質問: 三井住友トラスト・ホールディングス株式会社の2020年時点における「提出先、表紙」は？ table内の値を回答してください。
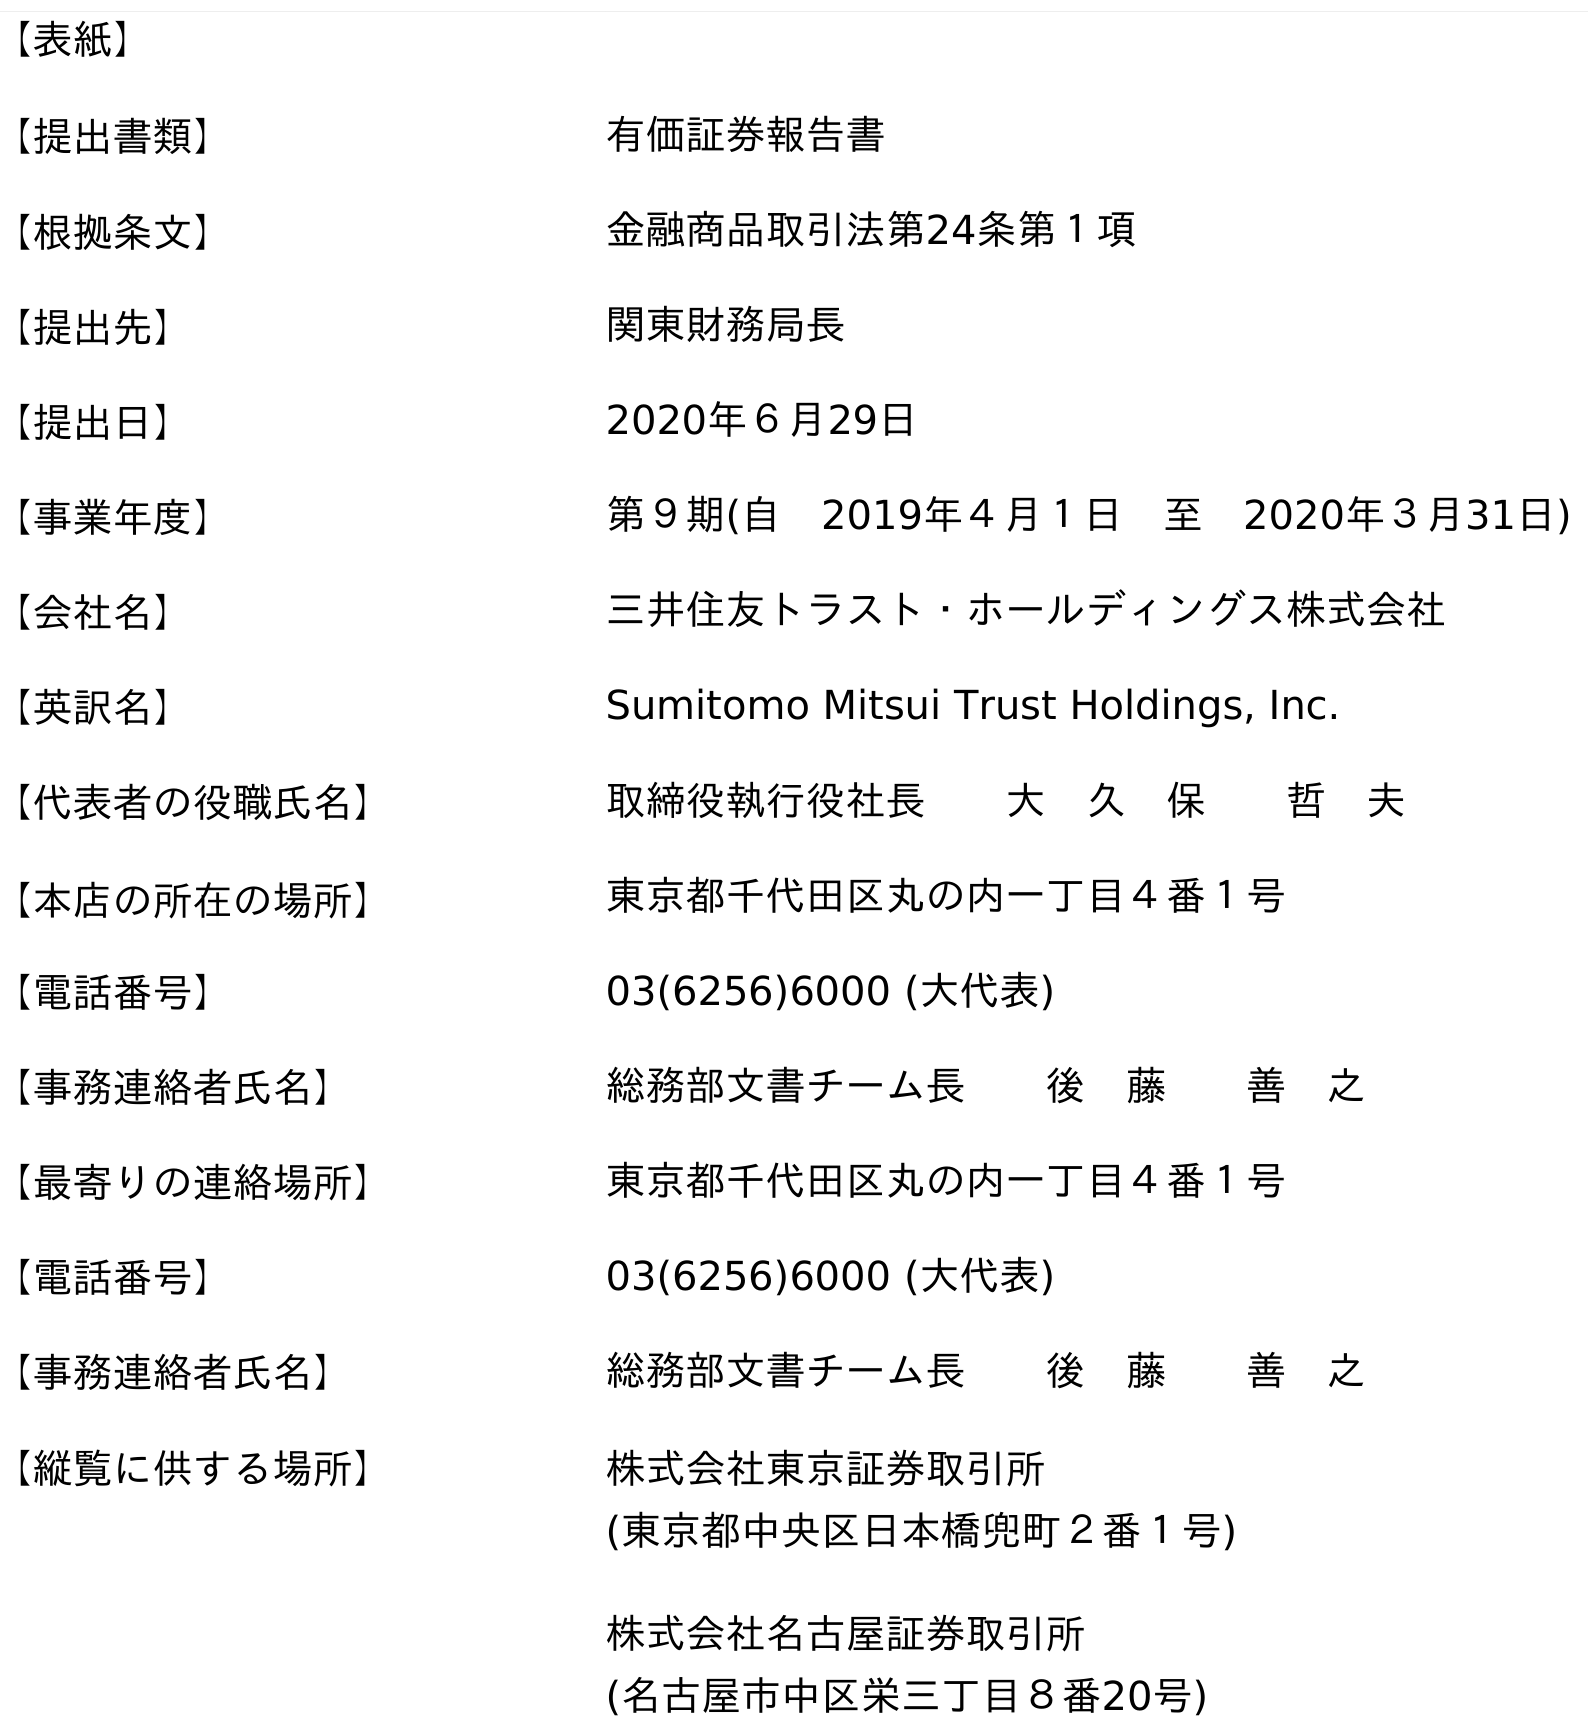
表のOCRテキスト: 【表紙】 【提出書類】 有価証券報告書 【根拠条文】 金融商品取引法第24条第１項 【提出先】 関東財務局長 【提出日】 2020年６月29日 【事業年度】 第９期(自 2019年４月１日 至 2020年３月31日) 【会社名】 三井住友トラスト・ホールディングス株式会社 【英訳名】 Sumitomo Mitsui Trust Holdings, Inc. 【代表者の役職氏名】 取締役執行役社長  大 久 保  哲 夫 【本店の所在の場所】 東京都千代田区丸の内一丁目４番１号 【電話番号】 03(6256)6000 (大代表) 【事務連絡者氏名】 総務部文書チーム長  後 藤  善 之 【最寄りの連絡場所】 東京都千代田区丸の内一丁目４番１号 【電話番号】 03(6256)6000 (大代表) 【事務連絡者氏名】 総務部文書チーム長  後 藤  善 之 【縦覧に供する場所】 株式会社東京証券取引所 (東京都中央区日本橋兜町２番１号) 株式会社名古屋証券取引所 (名古屋市中区栄三丁目８番20号)
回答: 関東財務局長